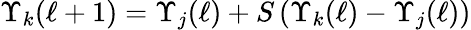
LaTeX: \Upsilon_{k}(\ell+1)=\Upsilon_{j}(\ell)+S\left(\Upsilon_{k}(\ell)-\Upsilon_{j}(\ell)\right)